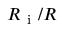
R _ { \mathrm { ~ i ~ } } / R